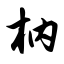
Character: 枘